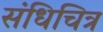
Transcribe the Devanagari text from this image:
संधिचित्र